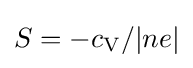
S=-{c_{\rm {V}}}/{|ne|}